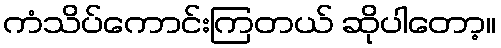
ကံသိပ်ကောင်းကြတယ် ဆိုပါတော့။